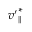
{ v ^ { \prime } } _ { \parallel } ^ { \ast }